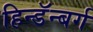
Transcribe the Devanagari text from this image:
हिन्डॅन्बर्ग